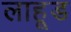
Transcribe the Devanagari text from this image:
लाहूड